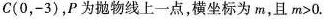
C(0，-3)，P为抛物线上一点，横坐标为m，且 $$m > 0$$ .